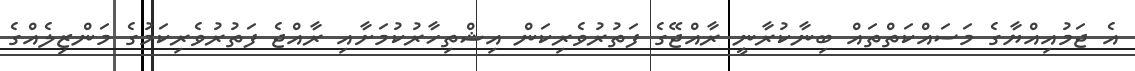
އެ ޖަމުއިއްޔާގެ މަސައްކަތްތައް ބިނާކުރާނީ ރާއްޖޭގެ ފަތުރުވެރިކަން އިޝްތިހާރުކުމަށާއި ރާއްޖެ ފަތުރުވެރިކަމުގެ މަންޒިލެއްގެ